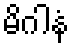
မိဂါနံ